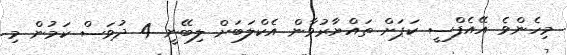
މިހެންވެ އޭއެފްސީ ކަޕަށް ތައްޔާރުވާން އެކްލަބަށް ލިބޭނީ 4 ދުވަސް ކަމުން މި